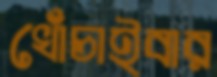
খোঁচাইবার